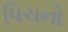
પિચનો